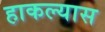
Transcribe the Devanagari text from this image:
हाकल्यास